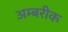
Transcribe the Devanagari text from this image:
अम्बरीक